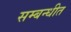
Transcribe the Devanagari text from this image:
सम्‍बन्‍धीत